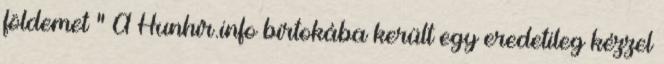
földemet " A Hunhír.info birtokába került egy eredetileg kézzel